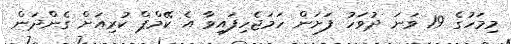
މިމަހުގެ 19 ވަނަ ދުވަހު ފަށަން ހަމަޖެހިފައިވާ އެ ކޭމްޕް ކުރިއަށް ގެންދަން